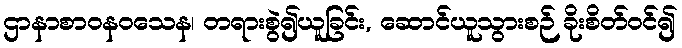
ဌာနာစာဝနဝသေန၊ တရားစွဲ၍ယူခြင်း, ဆောင်ယူသွားစဉ် ခိုးစိတ်ဝင်၍